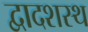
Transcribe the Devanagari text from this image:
द्वादशस्थ